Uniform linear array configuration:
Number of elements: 48
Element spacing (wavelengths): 1
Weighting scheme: cosine
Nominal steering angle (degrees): -45
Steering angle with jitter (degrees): -46.257
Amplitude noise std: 0.05
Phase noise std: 0.05

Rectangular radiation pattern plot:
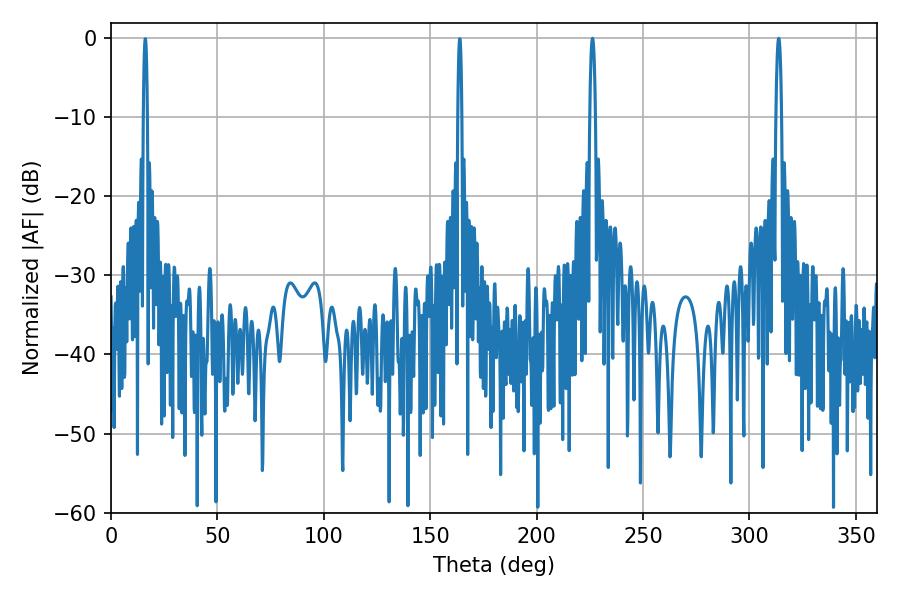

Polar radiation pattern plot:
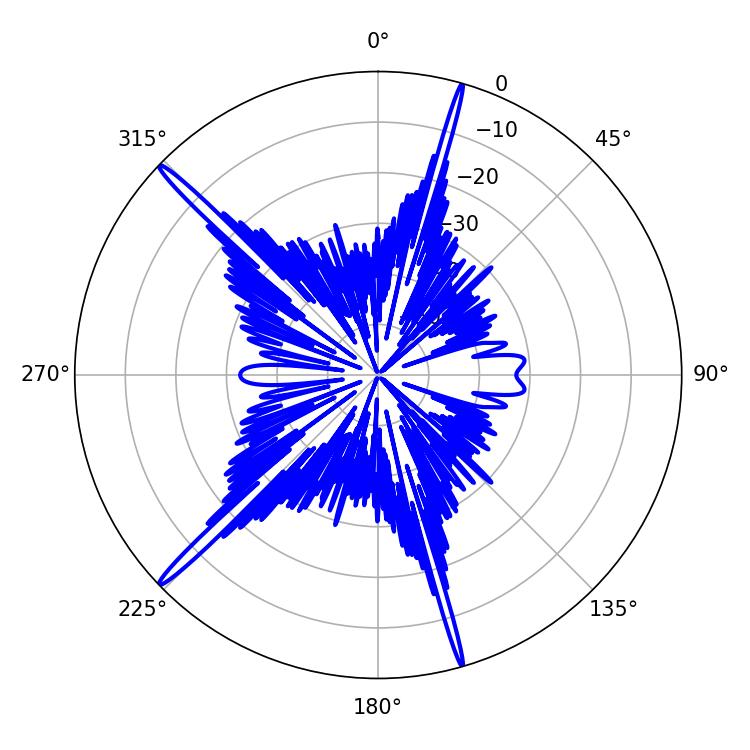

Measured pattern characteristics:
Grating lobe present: TRUE
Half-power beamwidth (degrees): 1.44
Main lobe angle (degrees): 313.74